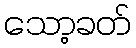
သော့ခတ်